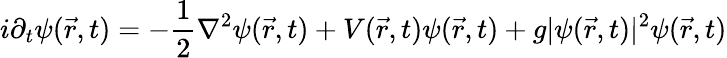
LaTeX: i\partial_{t}\psi(\vec{r},t)=-\frac{1}{2}\nabla^{2}\psi(\vec{r},t)+V(\vec{r},t)\psi(\vec{r},t)+g|\psi(\vec{r},t)|^{2}\psi(\vec{r},t)